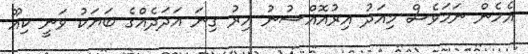
އެހެން ނަމަވެސް މިއަދު އިރުއޮއްސުނު އިރު ގިނަ އަދަދެއްގެ ބަޔަކު ވަނީ ކިއޫ